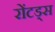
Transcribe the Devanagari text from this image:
रोंटड्स